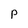
Character: P